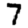
Digit: 7